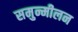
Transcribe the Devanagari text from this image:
समुन्मीलन